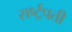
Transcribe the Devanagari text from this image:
रार्ष्ट्रपती